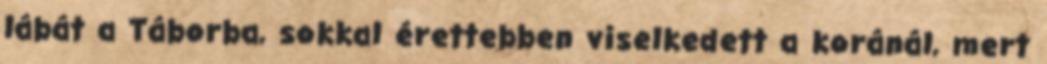
lábát a Táborba, sokkal érettebben viselkedett a koránál, mert